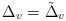
LaTeX: \begin{align*}\Delta_v = \tilde{\Delta}_v \end{align*}